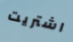
اشتريت